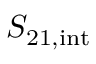
S _ { \mathrm { 2 1 , i n t } }